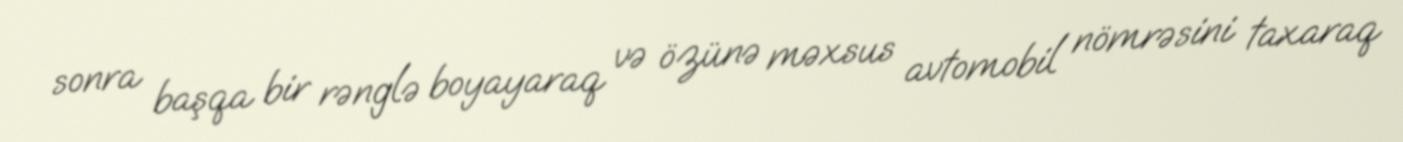
sonra başqa bir rənglə boyayaraq və özünə məxsus avtomobil nömrəsini taxaraq